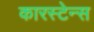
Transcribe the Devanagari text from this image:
कारस्टेन्स